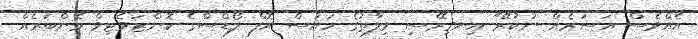
އެއްވެސް އަސަރެއް ނުކުރޭ" އިނގިރޭސި ވިލާތުގެ ހައުސް އޮފް ލޯޑްސްގެ ކޮންޒަވެޓިވް މެންބަރެއް